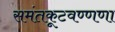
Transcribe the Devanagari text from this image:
समंतकूटवण्णणा